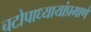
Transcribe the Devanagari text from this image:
चटोपाध्यायांप्रमाणे